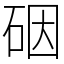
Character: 䂩